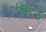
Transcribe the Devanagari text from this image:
कंधाराचा